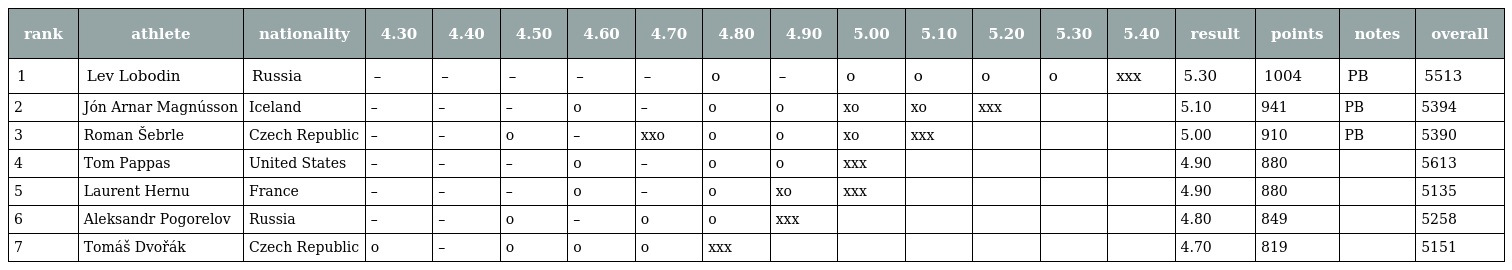
| rank | athlete | nationality | 4.30 | 4.40 | 4.50 | 4.60 | 4.70 | 4.80 | 4.90 | 5.00 | 5.10 | 5.20 | 5.30 | 5.40 | result | points | notes | overall |
 | --- | --- | --- | --- | --- | --- | --- | --- | --- | --- | --- | --- | --- | --- | --- | --- | --- | --- | --- |
 | 1 | Lev Lobodin | Russia | – | – | – | – | – | o | – | o | o | o | o | xxx | 5.30 | 1004 | PB | 5513 |
 | 2 | Jón Arnar Magnússon | Iceland | – | – | – | o | – | o | o | xo | xo | xxx |  |  | 5.10 | 941 | PB | 5394 |
 | 3 | Roman Šebrle | Czech Republic | – | – | o | – | xxo | o | o | xo | xxx |  |  |  | 5.00 | 910 | PB | 5390 |
 | 4 | Tom Pappas | United States | – | – | – | o | – | o | o | xxx |  |  |  |  | 4.90 | 880 |  | 5613 |
 | 5 | Laurent Hernu | France | – | – | – | o | – | o | xo | xxx |  |  |  |  | 4.90 | 880 |  | 5135 |
 | 6 | Aleksandr Pogorelov | Russia | – | – | o | – | o | o | xxx |  |  |  |  |  | 4.80 | 849 |  | 5258 |
 | 7 | Tomáš Dvořák | Czech Republic | o | – | o | o | o | xxx |  |  |  |  |  |  | 4.70 | 819 |  | 5151 |